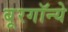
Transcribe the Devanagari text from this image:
बूरगॉन्ये